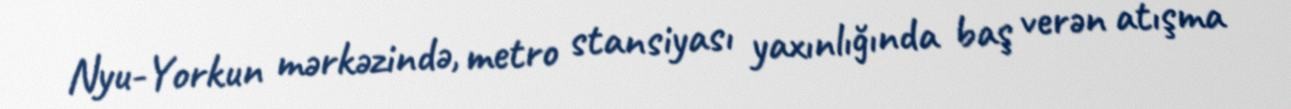
Nyu-Yorkun mərkəzində, metro stansiyası yaxınlığında baş verən atışma